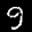
Label: 9